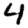
Digit: 4